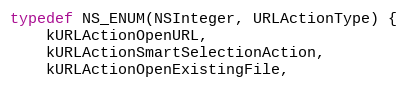
Language: C
typedef NS_ENUM(NSInteger, URLActionType) {
    kURLActionOpenURL,
    kURLActionSmartSelectionAction,
    kURLActionOpenExistingFile,